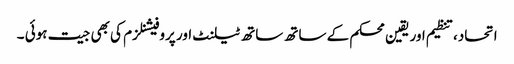
اتحاد،تنظیم اور یقین محکم کے ساتھ ساتھ ٹیلنٹ اور پروفیشنلزم کی بھی جیت ہوئی ۔